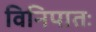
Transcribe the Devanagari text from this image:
विनिपातः